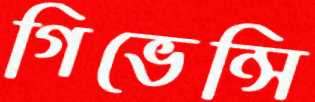
গিভেন্সি